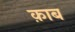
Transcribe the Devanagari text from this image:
क़ाब